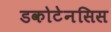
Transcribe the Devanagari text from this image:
डकोटेनसिस